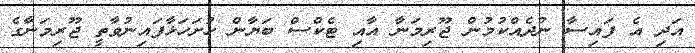
އަދި އެ ފައިސާ ނުދެއްކުމުން ޖޫރިމަނާ އާއި ޓެކްސް ބަޔާން ހުށަހަޅާފައިނުވާތީ ޖޫރިމަނާގެ